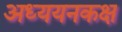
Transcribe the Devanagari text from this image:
अध्ययनकक्ष